Report of the Indian Hemp Drugs Commission, 1894-1895 - Volume II
Year: 1894
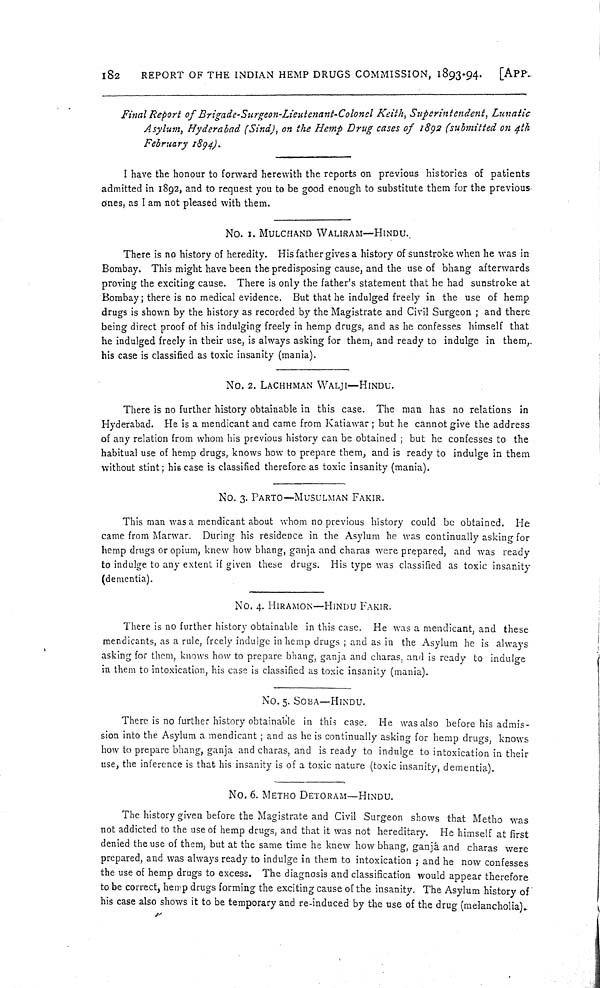
182
REPORT OF THE INDIAN HEMP DRUGS COMMISSION, 1893-94.
[APP.
Final Report of Brigade-Surgeon-Lieutenant-Colonel Keith, Superintendent, Lunatic
Asylum, Hyderabad (Sind), on the Hemp Drug cases of 1892 (submitted on 4th
February 1894).
I have the honour to forward herewith the reports on previous histories of patients
admitted in 1892, and to request you to be good enough to substitute them for the previous
ones, as I am not pleased with them.
NO. 1. MULCHAND WALIRAM—HINDU.
There is no history of heredity. His father gives a history of sunstroke when he was in
Bombay. This might have been the predisposing cause, and the use of bhang afterwards
proving the exciting cause. There is only the father's statement that he had sunstroke at
Bombay; there is no medical evidence. But that he indulged freely in the use of hemp
drugs is shown by the history as recorded by the Magistrate and Civil Surgeon; and there
being direct proof of his indulging freely in hemp drugs, and as he confesses himself that
he indulged freely in their use, is always asking for them, and ready to indulge in them,
his case is classified as toxic insanity (mania).
NO. 2. LACHHMAN WALJI—HINDU.
There is no further history obtainable in this case. The man has no relations in
Hyderabad. He is a mendicant and came from Katiawar; but he cannot give the address
of any relation from whom his previous history can be obtained; but he confesses to the
habitual use of hemp drugs, knows how to prepare them, and is ready to indulge in them
without stint; his case is classified therefore as toxic insanity (mania).
No. 3. PARTO—MUSULMAN FAKIR.
This man was a mendicant about whom no previous history could be obtained. He
came from Marwar. During his residence in the Asylum he was continually asking for
hemp drugs or opium, knew how bhang, ganja and charas were prepared, and was ready
to indulge to any extent if given these drugs. His type was classified as toxic insanity
(dementia).
No. 4. HIRAMON—HINDU FAKIR.
There is no further history obtainable in this case. He was a mendicant, and these
mendicants, as a rule, freely indulge in hemp drugs; and as in the Asylum he is always
asking for them, knows how to prepare bhang, ganja and charas, and is ready to indulge
in them to intoxication, his case is classified as toxic insanity (mania).
No. 5. SOBA—HINDU.
There is no further history obtainable in this case. He was also before his admis-
sion into the Asylum a mendicant; and as he is continually asking for hemp drugs, knows
how to prepare bhang, ganja and charas, and is ready to indulge to intoxication in their
use, the inference is that his insanity is of a toxic nature (toxic insanity, dementia).
No. 6. METHO DETORAM—HINDU.
The history given before the Magistrate and Civil Surgeon shows that Metho was
not addicted to the use of hemp drugs, and that it was not hereditary. He himself at first
denied the use of them, but at the same time he knew how bhang, ganjá and charas were
prepared, and was always ready to indulge in them to intoxication; and he now confesses
the use of hemp drugs to excess. The diagnosis and classification would appear therefore
to be correct, hemp drugs forming the exciting cause of the insanity. The Asylum history of
his case also shows it to be temporary and re-induced by the use of the drug (melancholia).